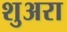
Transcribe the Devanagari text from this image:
शुअरा